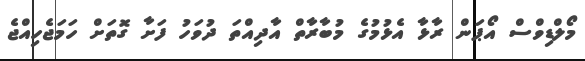
މޯލްޑިވްސް އޯޕަން ރާޅާ އެޅުމުގެ މުބާރާތް އާދިއްތަ ދުވަހު ފަށާ ގޮތަށް ހަމަޖެހިއްޖެ